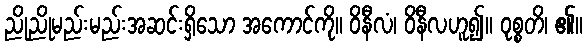
ညိုညိုမည်းမည်းအဆင်းရှိသော အကောင်ကို။ ဝိနီလံ၊ ဝိနီလဟူ၍။ ဝုစ္စတိ၊ ၏။